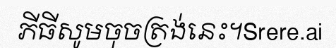
ភីធីសូមចុចត្រង់នេះ។Srere.ai